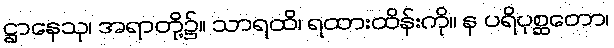
ဋ္ဌာနေသု၊ အရာတို့၌။ သာရထိ၊ ရထားထိန်းကို။ န ပရိပုစ္ဆတော၊